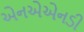
એનએએનડી